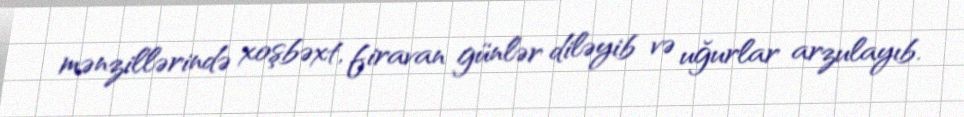
mənzillərində xoşbəxt, firavan günlər diləyib və uğurlar arzulayıb.